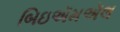
બિઇઍમઍલ